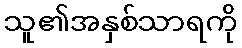
သူ၏အနှစ်သာရကို